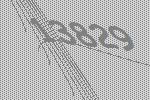
13829